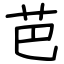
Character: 芭